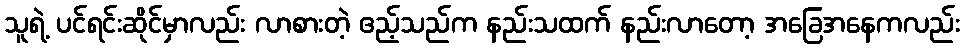
သူရဲ့ ပင်ရင်းဆိုင်မှာလည်း လာစားတဲ့ ဧည့်သည်က နည်းသထက် နည်းလာတော့ အခြေအနေကလည်း